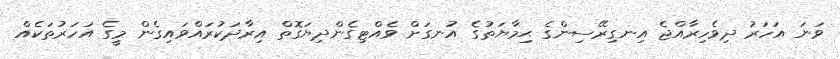
ވަނަ އަހަރު ދިވެހިރާއްޖެ އިނގިރޭސިންގެ ޙިމާޔަތުގެ އުނގަށް ވެއްޓިގެންދިޔަގޮތް އިރާދަކުރައްވައިގެން މީގެ އަހަރުތަކެއް